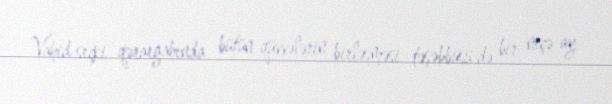
Vahid seçki qərargahında bütün qüvvələrin birləşməsi təşəbbüsü də bir neçə ay